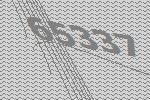
65337